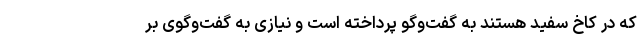
که در کاخ سفید هستند به گفت‌وگو پرداخته است و نیازی به گفت‌وگوی بر